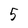
Character: 5